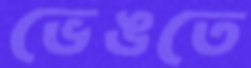
ভেঙতে